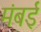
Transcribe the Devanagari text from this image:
मंबई